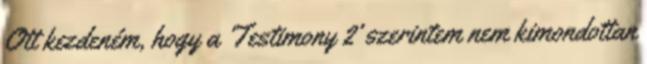
Ott kezdeném, hogy a ’Testimony 2’ szerintem nem kimondottan